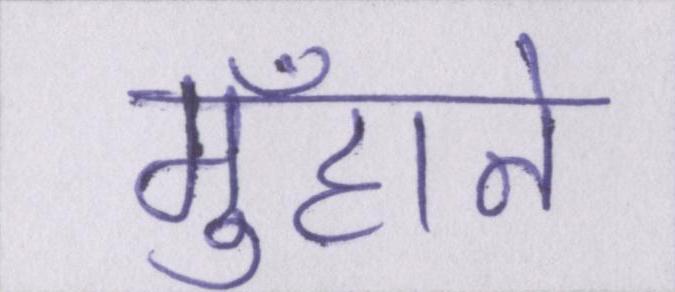
मुँहाने